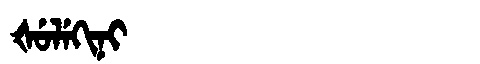
Manchu: ᡧᡠᠯᡝᡴᡳᠨᡳ
Romanization: ŠULEKINI